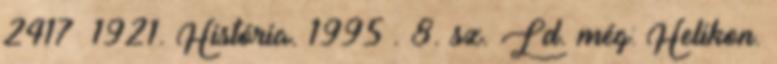
2417 1921. História. 1995 . 8. sz. Ld. még: Helikon.